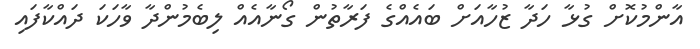
އާންމުކޮށް ގުޅާ ހަދާ ޒުހާއަށް ބައެއްގެ ފަރާތުން ގޯނާއެއް ލިބެމުންދާ ވާހަކަ ދައްކާފައި